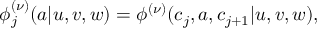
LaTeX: \phi _ { j } ^ { ( \nu ) } ( a | u , v , w ) = \phi ^ { ( \nu ) } ( c _ { j } , a , c _ { j + 1 } | u , v , w ) ,